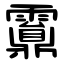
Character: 䨶